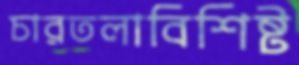
চারতলাবিশিষ্ট